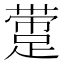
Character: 𰸛